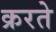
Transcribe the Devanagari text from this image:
क्ररते